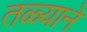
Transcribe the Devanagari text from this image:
तळ्याने